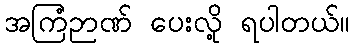
အကြံဉာဏ် ပေးလို့ ရပါတယ်။